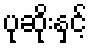
ပုဆိုးနှင့်